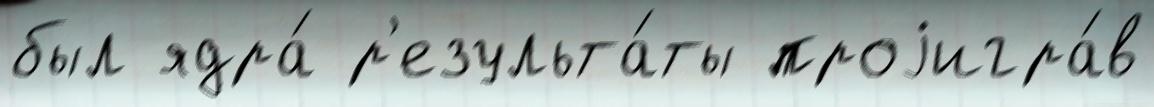
был ядра́ р'езульта́ты проjигра́в